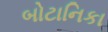
બોટાનિકા